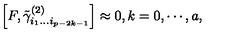
\left[ F , \tilde { \gamma } _ { i _ { 1 } \ldots i _ { p - 2 k - 1 } } ^ { ( 2 ) } \right] \approx 0 , k = 0 , \cdots , a ,